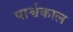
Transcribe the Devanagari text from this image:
पार्श्वकाल